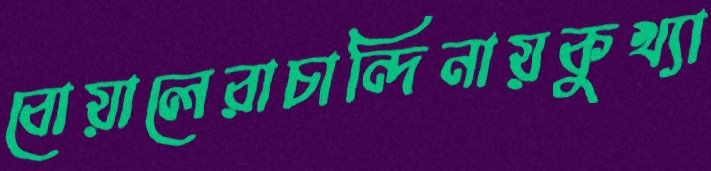
বোয়ালেরাচান্দিনায়কুখ্যা